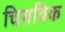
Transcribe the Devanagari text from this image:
चिसविक